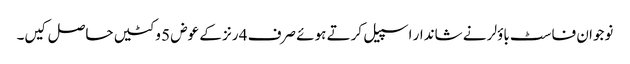
نوجوان فاسٹ باؤلر نے شاندار اسپیل کرتے ہوئے صرف 4 رنز کے عوض 5 وکٹیں حاصل کیں۔